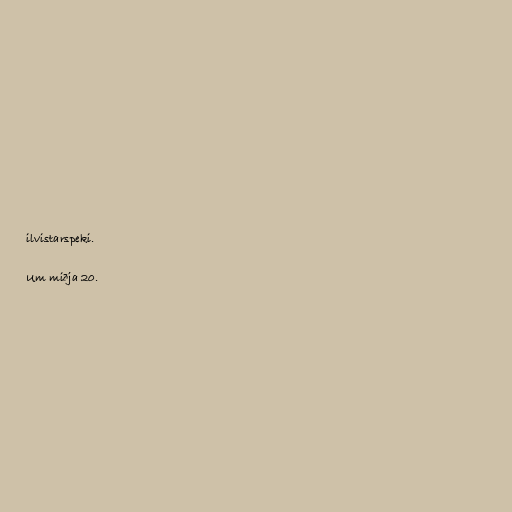
ilvistarspeki.

Um miðja 20.